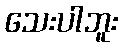
သေးပါဘူး